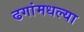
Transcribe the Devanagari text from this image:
ढगांमधल्या